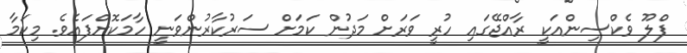
ފްލޫ ވެކްސިންއަކީ ރާއްޖޭގައި ހުރީ ވަރަށް މަދުން ކަމަށް ސަރުކާރުންވަނީ ހާމަކޮށްފައެވެ. މިކަމާ